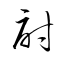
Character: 討